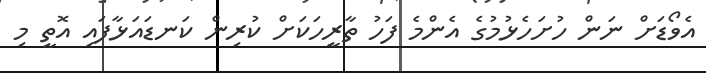
އެވޯޑަށް ނަން ހުށަހެޅުމުގެ އެންމެ ފަހު ތާރީހަކަށް ކުރިން ކަނޑައަޅާފައި އޮތީ މި